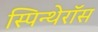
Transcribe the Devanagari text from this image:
स्पिन्थेरॉस